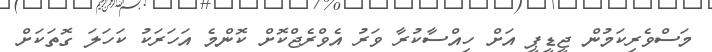
މަސްވެރިކަމުން ޖީޑީޕީ އަށް ހިއްސާކުރާ ވަރު އެވްރެޖްކޮށް ކޮންމެ އަހަރަކު ކަހަލަ ގޮތަކަށް